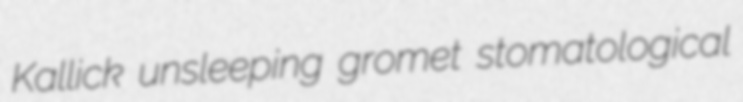
Kallick unsleeping gromet stomatological